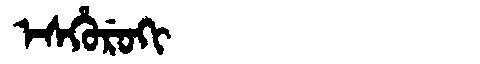
Manchu: ᡝᠰᡥᡠᡵᡠᡴᡳ
Romanization: ESHURUKI